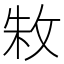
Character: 𫾭